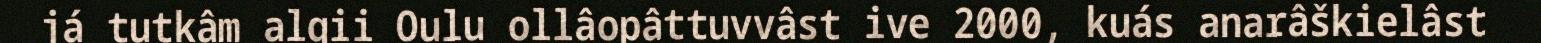
já tutkâm algii Oulu ollâopâttuvvâst ive 2000, kuás anarâškielâst